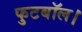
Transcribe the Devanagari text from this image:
फुटबॉल।